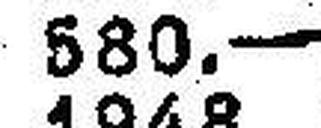
580.—